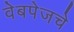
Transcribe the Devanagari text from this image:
वेबपेजचे